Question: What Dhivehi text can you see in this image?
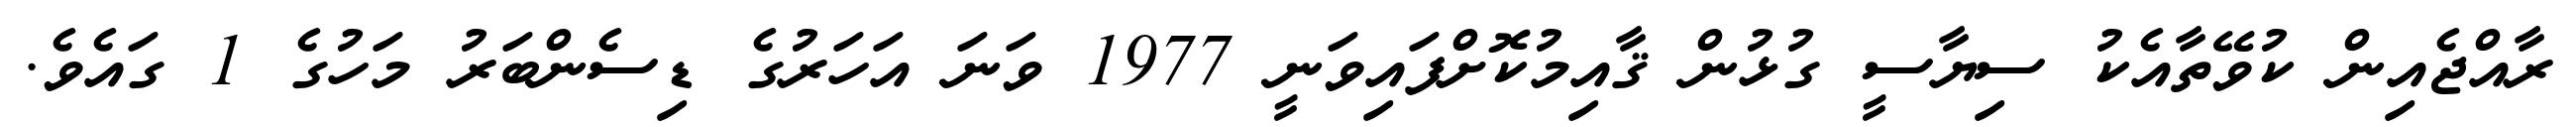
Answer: ރާއްޖެއިން ކުވޭތާއެކު ސިޔާސީ ގުޅުން ޤާއިމުކޮށްފައިވަނީ 1977 ވަނަ އަހަރުގެ ޑިސެންބަރު މަހުގެ 1 ގައެވެ.